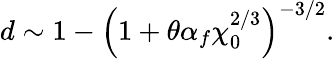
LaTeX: d\sim 1-\left(1+\theta\alpha_{f}\chi_{0}^{2/3}\right)^{-3/2}.